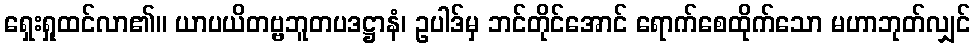
ရှေးရှုထင်လာ၏။ ယာပယိတဗ္ဗဘူတပဒဋ္ဌာနံ၊ ဥပါဒ်မှ ဘင်တိုင်အောင် ရောက်စေထိုက်သော မဟာဘုတ်လျှင်